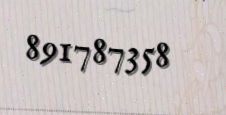
891787358